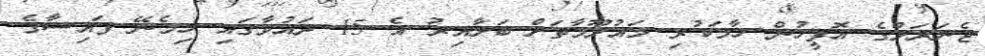
ޖެނަރަލްގެ އޮފީހުން ހާމަކުރި މައުލޫމާތަށް ބަލާއިރު އެ 15 ދައުވާގައި ހިމެނޭ ފައިސާގެ